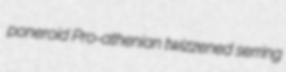
poneroid Pro-athenian twizzened serring